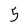
Character: 5